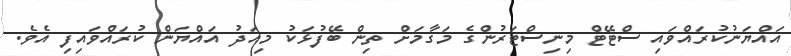
އައްޔަނުކުރައްވައި ސްޓޭޓް މިނިސްޓަރުންގެ މަގާމަށް ތިން ބޭފުޅަކު މިއަދު އައްޔަން ކުރައްވައިފި އެވެ.